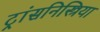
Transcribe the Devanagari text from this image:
ट्रांसनिस्त्रिया